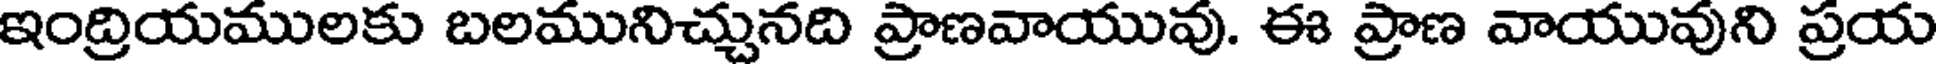
ఇంద్రియములకు బలమునిచ్చునది ప్రాణవాయువు. ఈ ప్రాణ వాయువుని ప్రయ